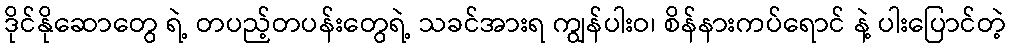
ဒိုင်နိုဆောတွေ ရဲ့ တပည့်တပန်းတွေရဲ့ သခင်အားရ ကျွန်ပါးဝ၊ စိန်နားကပ်ရောင် နဲ့ ပါးပြောင်တဲ့